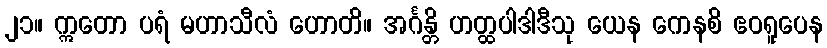
၂၁။ ဣတော ပရံ မဟာသီလံ ဟောတိ။ အင်္ဂန္တိ ဟတ္ထပါဒါဒီသု ယေန ကေနစိ ဧဝရူပေန